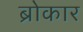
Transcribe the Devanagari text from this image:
ब्रोकार